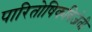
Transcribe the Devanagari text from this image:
पारितोषिकविजेती